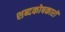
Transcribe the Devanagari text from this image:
शब्दकोषकारों